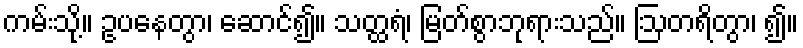
ကမ်းသို့။ ဥပနေတွာ၊ ဆောင်၍။ သတ္ထရံ၊ မြတ်စွာဘုရားသည်။ ဩတရိတွာ၊ ၍။